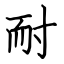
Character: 耐